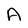
Character: A